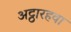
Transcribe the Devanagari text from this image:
अट्ठारहवा